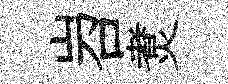
岧煑